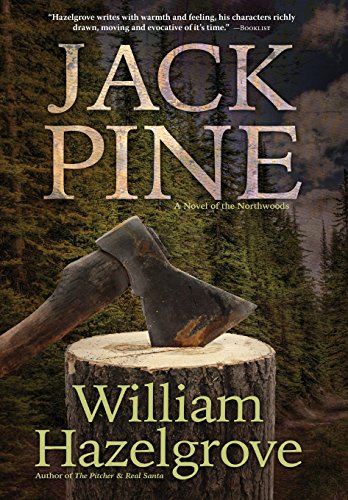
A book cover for Jack Pine; William Hazelgrove; Mystery, Thriller & Suspense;